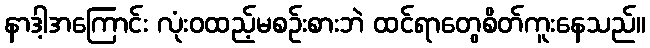
နာဒါ့အကြောင်း လုံးဝထည့်မစဉ်းစားဘဲ ထင်ရာတွေစိတ်ကူးနေသည်။